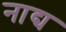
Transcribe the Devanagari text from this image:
नाद्य